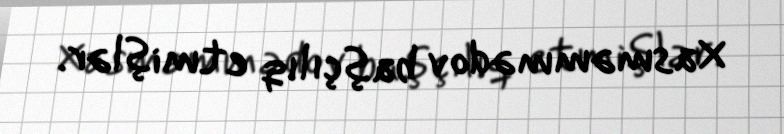
Xasməmmədov başçılıq etmişlər.